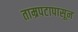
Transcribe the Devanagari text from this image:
ताम्रपटापासून